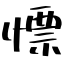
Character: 慓